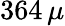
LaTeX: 364\, \mu